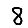
Digit: 8